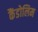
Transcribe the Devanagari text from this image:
कैंडोलिम